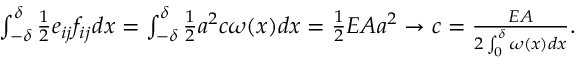
\begin{array} { r } { \int _ { - \delta } ^ { \delta } \frac 1 2 e _ { i j } f _ { i j } d x = \int _ { - \delta } ^ { \delta } \frac 1 2 a ^ { 2 } c \omega ( x ) d x = \frac 1 2 E A a ^ { 2 } \to c = \frac { E A } { 2 \int _ { 0 } ^ { \delta } \omega ( x ) d x } . } \end{array}